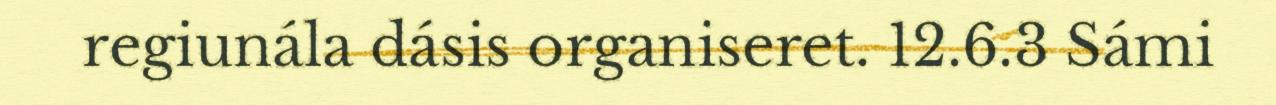
regiunála dásis organiseret. 12.6.3 Sámi